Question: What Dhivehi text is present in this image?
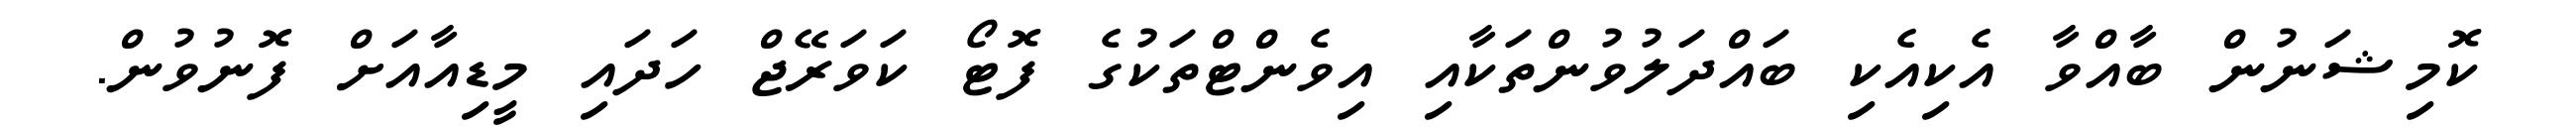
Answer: ކޮމިޝަނުން ބާއްވާ އެކިއެކި ބައްދަލުވުންތަކާއި އިވެންޓްތަކުގެ ފޮޓޯ ކަވަރޭޖް ހަދައި މީޑިއާއަށް ފޮނުވުން.